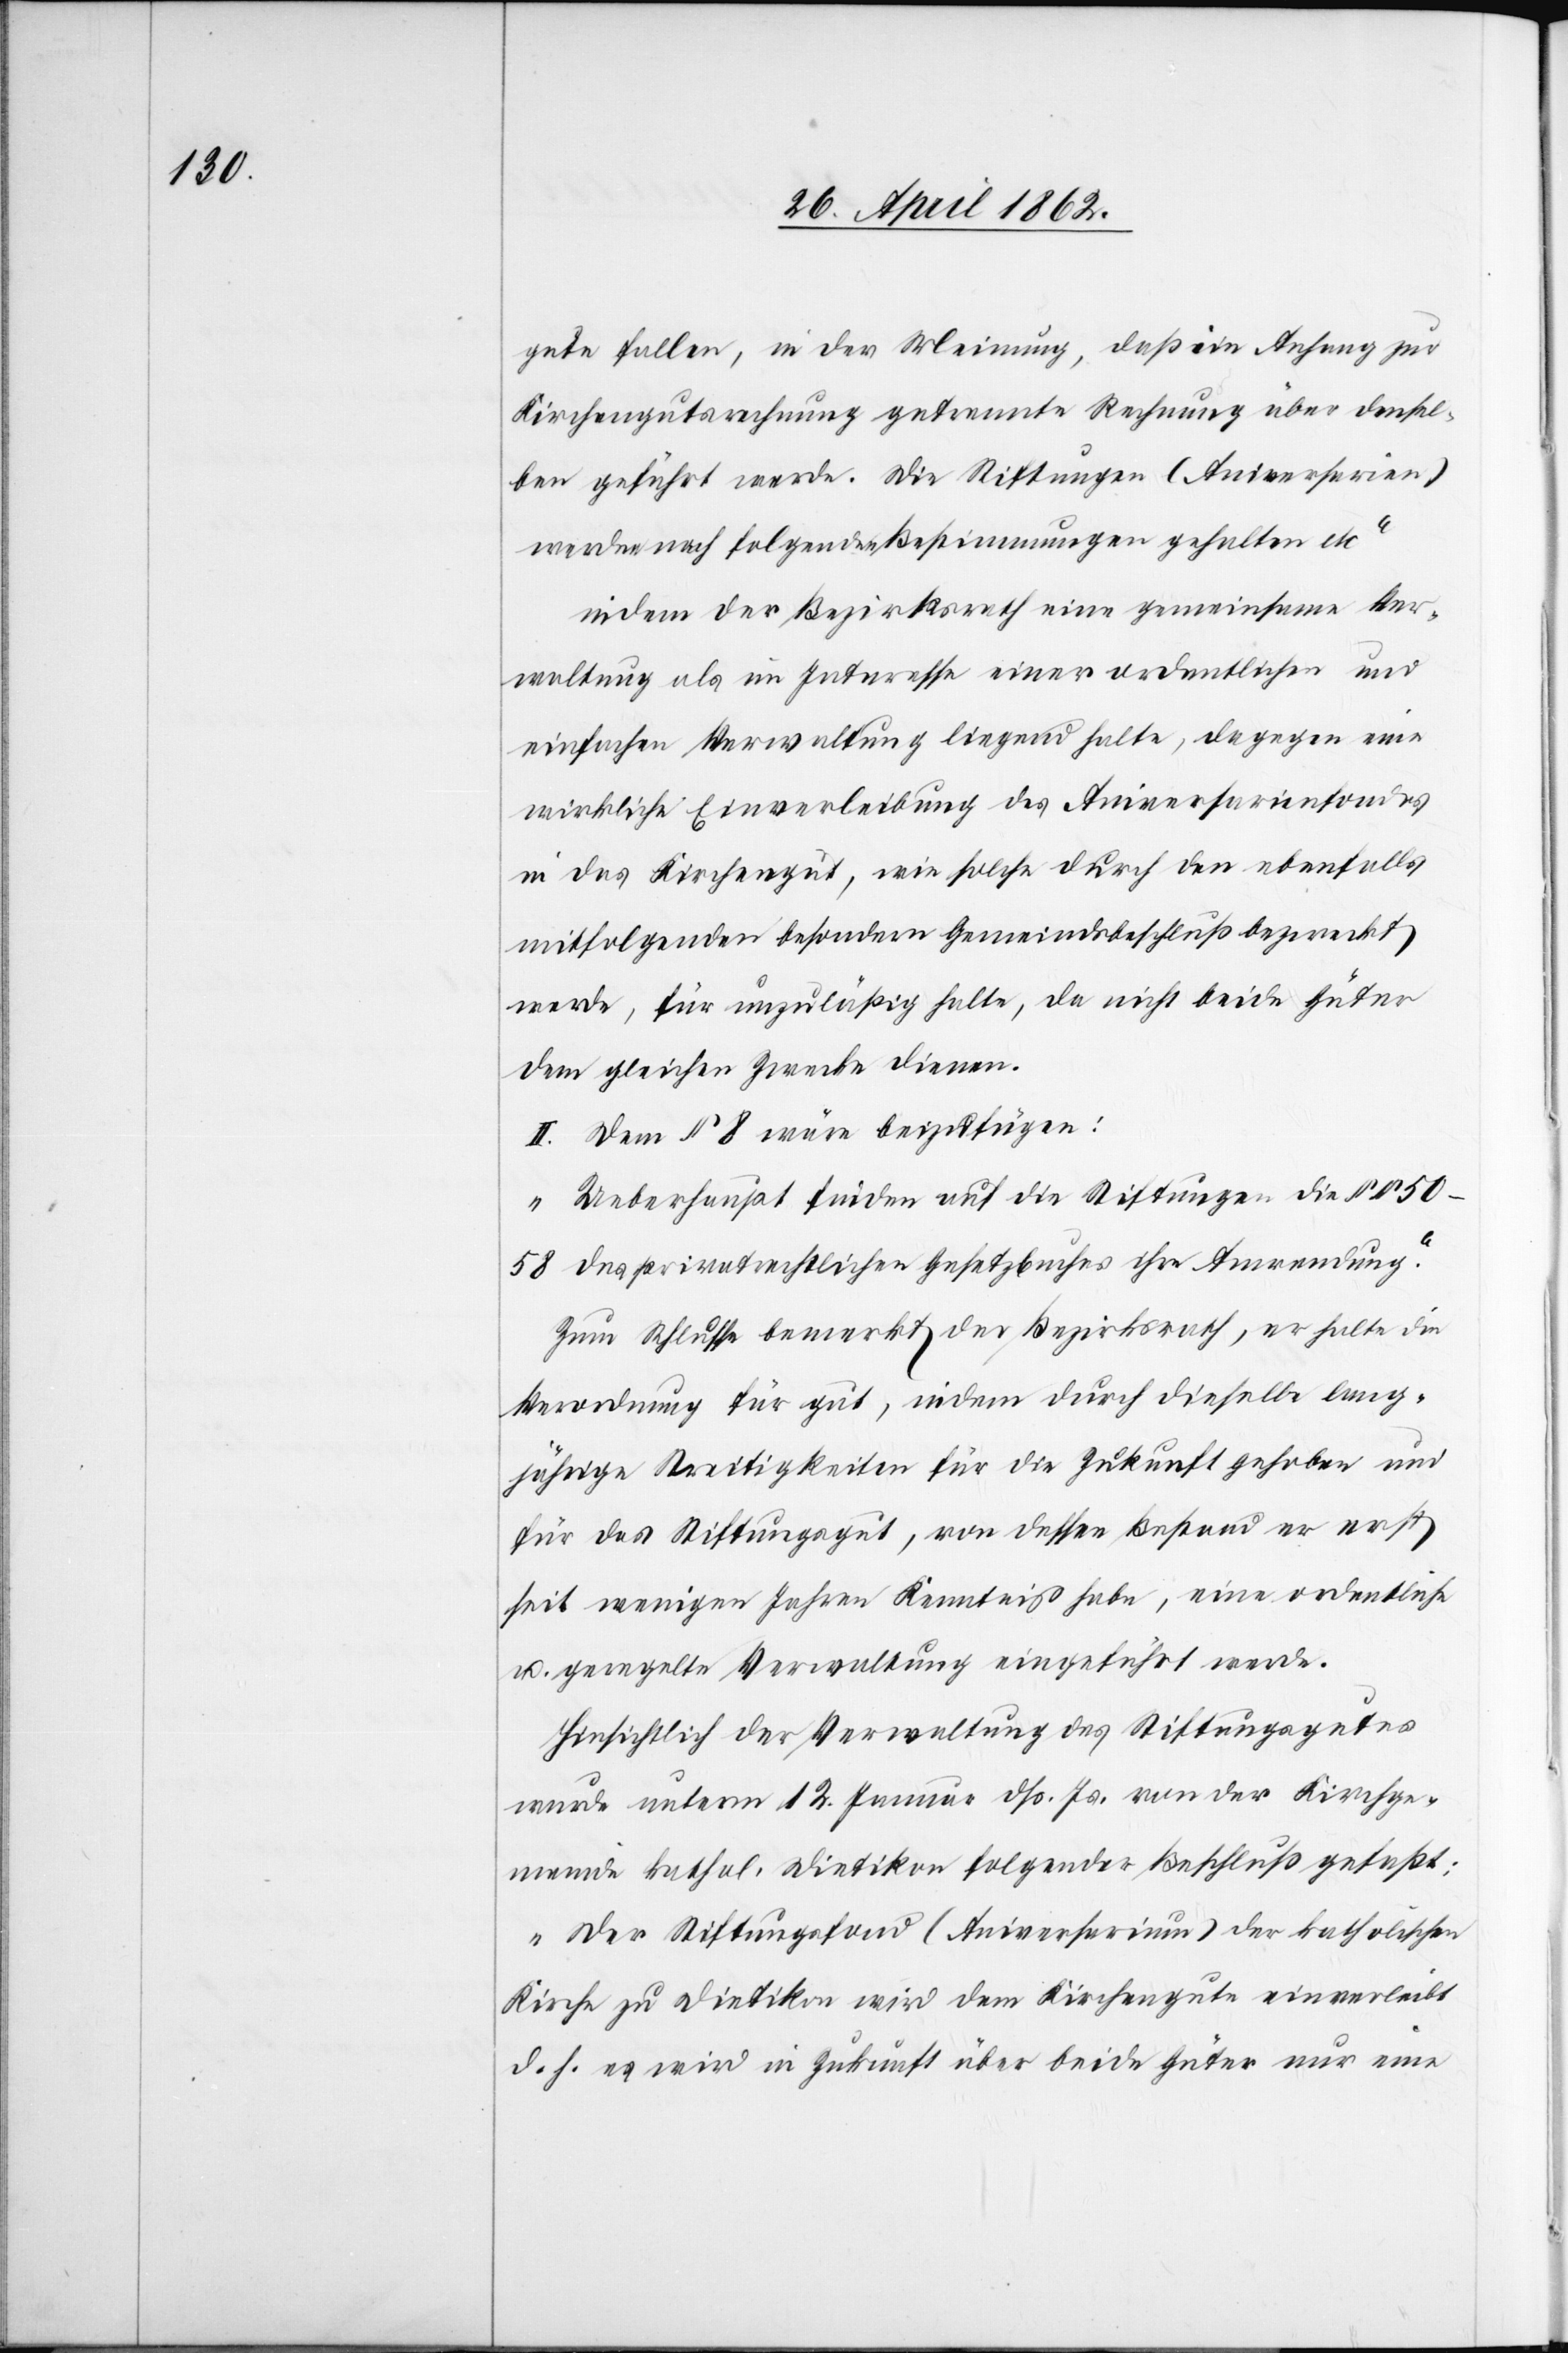
gute fallen, in der Meinung, daß ein Anfang zur
Kirchengutsrechnung getrennte Rechnung über densel¬
ben geführt werde. Die Stiftungen (Aniversarien)
werden nach folgenden Bestimmungen gehalten etc.“
indem der Bezirksrath eine gemeinsame Ver¬
waltung als im Interesse einer ordentlichen und
einfachen Verwaltung liegend halte, dagegen eine
wirkliche Einverleibung des Aniversarienfondes
in das Kirchengut, wie solche durch den ebenfalls
mitfolgenden besondern Gemeindsbeschluß bezweckt
werde, für unzuläßig halte, da nicht beide Güter
dem gleichen Zwecke dienen.
II. Dem § 8 wäre beizufügen:
„Ueberhaupt finden auf die Stiftungen die §§
50–58 des privatrechtlichen Gesetzbuches ihre Anwendung.“
Zum Schlusse bemerkt der Bezirksrath, er halte die
Verordnung für gut, indem durch dieselbe lang¬
jährige Streitigkeiten für die Zukunft gehoben und
für das Stiftungsgut, von dessen Bestand er erst
seit wenigen Jahren Kenntniß habe, eine ordentliche
u. geregelte Verwaltung eingeführt werde.
Hinsichtlich der Verwaltung des Stiftungsgutes
wurde unterm 12. Januar dß. Js. von der Kirchge¬
meinde kathol. Dietikon folgender Beschluß gefaßt:
„Der Stiftungsfond (Aniversarium) der katholischen
Kirche zu Dietikon wird dem Kirchengute einverleibt
d. h. es wird in Zukunft über beide Güter nur eine